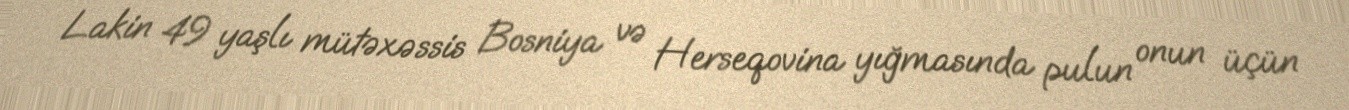
Lakin 49 yaşlı mütəxəssis Bosniya və Herseqovina yığmasında pulun onun üçün